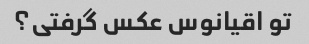
تو اقیانوس عکس گرفتی؟